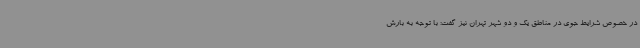
در خصوص شرایط جوی در مناطق یک و دو شهر تهران نیز گفت: با توجه به بارش